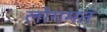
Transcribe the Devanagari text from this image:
लोगमत